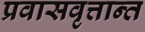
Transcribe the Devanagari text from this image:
प्रवासवृत्तान्त